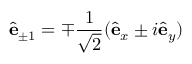
\hat { \mathbf { e } } _ { \pm 1 } = \mp \frac { 1 } { \sqrt { 2 } } ( \hat { \mathbf { e } } _ { x } \pm i \hat { \mathbf { e } } _ { y } )